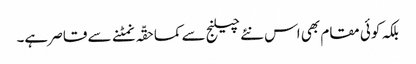
بلکہ کوئی مقام بھی اس نئے چیلنج سے کماحقّہ نمٹنے سے قاصر ہے۔